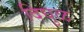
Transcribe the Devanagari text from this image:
दिघुळ